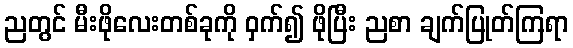
ညတွင် မီးဖိုလေးတစ်ခုကို ဝှက်၍ ဖိုပြီး ညစာ ချက်ပြုတ်ကြရာ